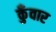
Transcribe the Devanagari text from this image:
कुँवार